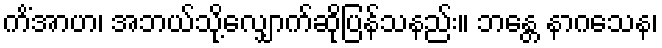
ကိံအာဟ၊ အဘယ်သို့လျှောက်ဆိုပြန်သနည်း။ ဘန္တေ နာဂသေန၊